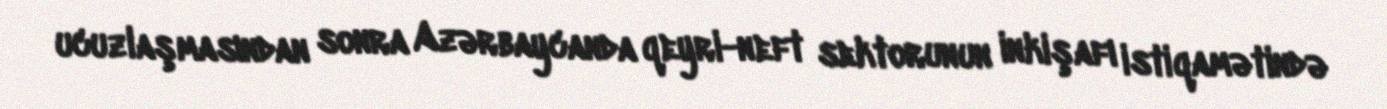
ucuzlaşmasından sonra Azərbaycanda qeyri-neft sektorunun inkişafı istiqamətində